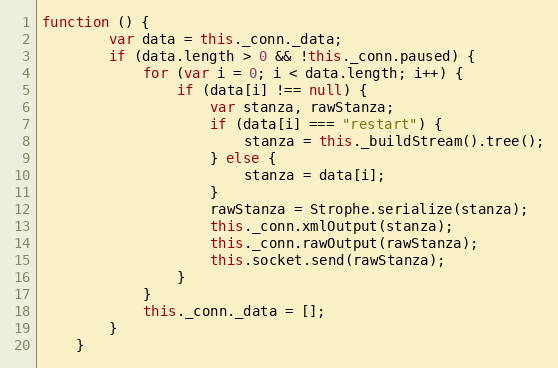
Language: JavaScript
function () {
        var data = this._conn._data;
        if (data.length > 0 && !this._conn.paused) {
            for (var i = 0; i < data.length; i++) {
                if (data[i] !== null) {
                    var stanza, rawStanza;
                    if (data[i] === "restart") {
                        stanza = this._buildStream().tree();
                    } else {
                        stanza = data[i];
                    }
                    rawStanza = Strophe.serialize(stanza);
                    this._conn.xmlOutput(stanza);
                    this._conn.rawOutput(rawStanza);
                    this.socket.send(rawStanza);
                }
            }
            this._conn._data = [];
        }
    }